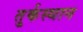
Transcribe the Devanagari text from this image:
तु्र्कस्थान